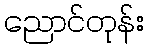
ညောင်တုန်း